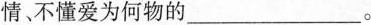
情、不懂爱为何物的___。